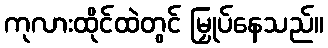
ကုလားထိုင်ထဲတွင် မြှုပ်နေသည်။